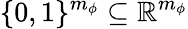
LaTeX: \{ 0,1\} ^{m_{\phi}}\subseteq\mathbb{R}^{m_{\phi}}